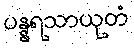
ပန္နရသာယုတံ